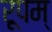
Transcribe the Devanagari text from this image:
रूपम्‌